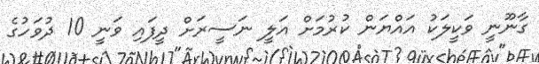
ގާނޫނީ ވަކީލަކު އައްޔަން ކުރުމަށް އަލީ ނަސީރަށް ދީފައި ވަނީ 10 ދުވަހުގެ